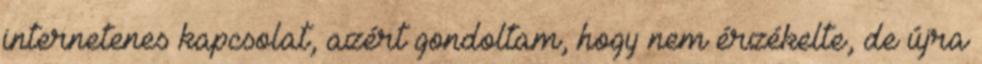
internetenes kapcsolat, azért gondoltam, hogy nem érzékelte, de újra